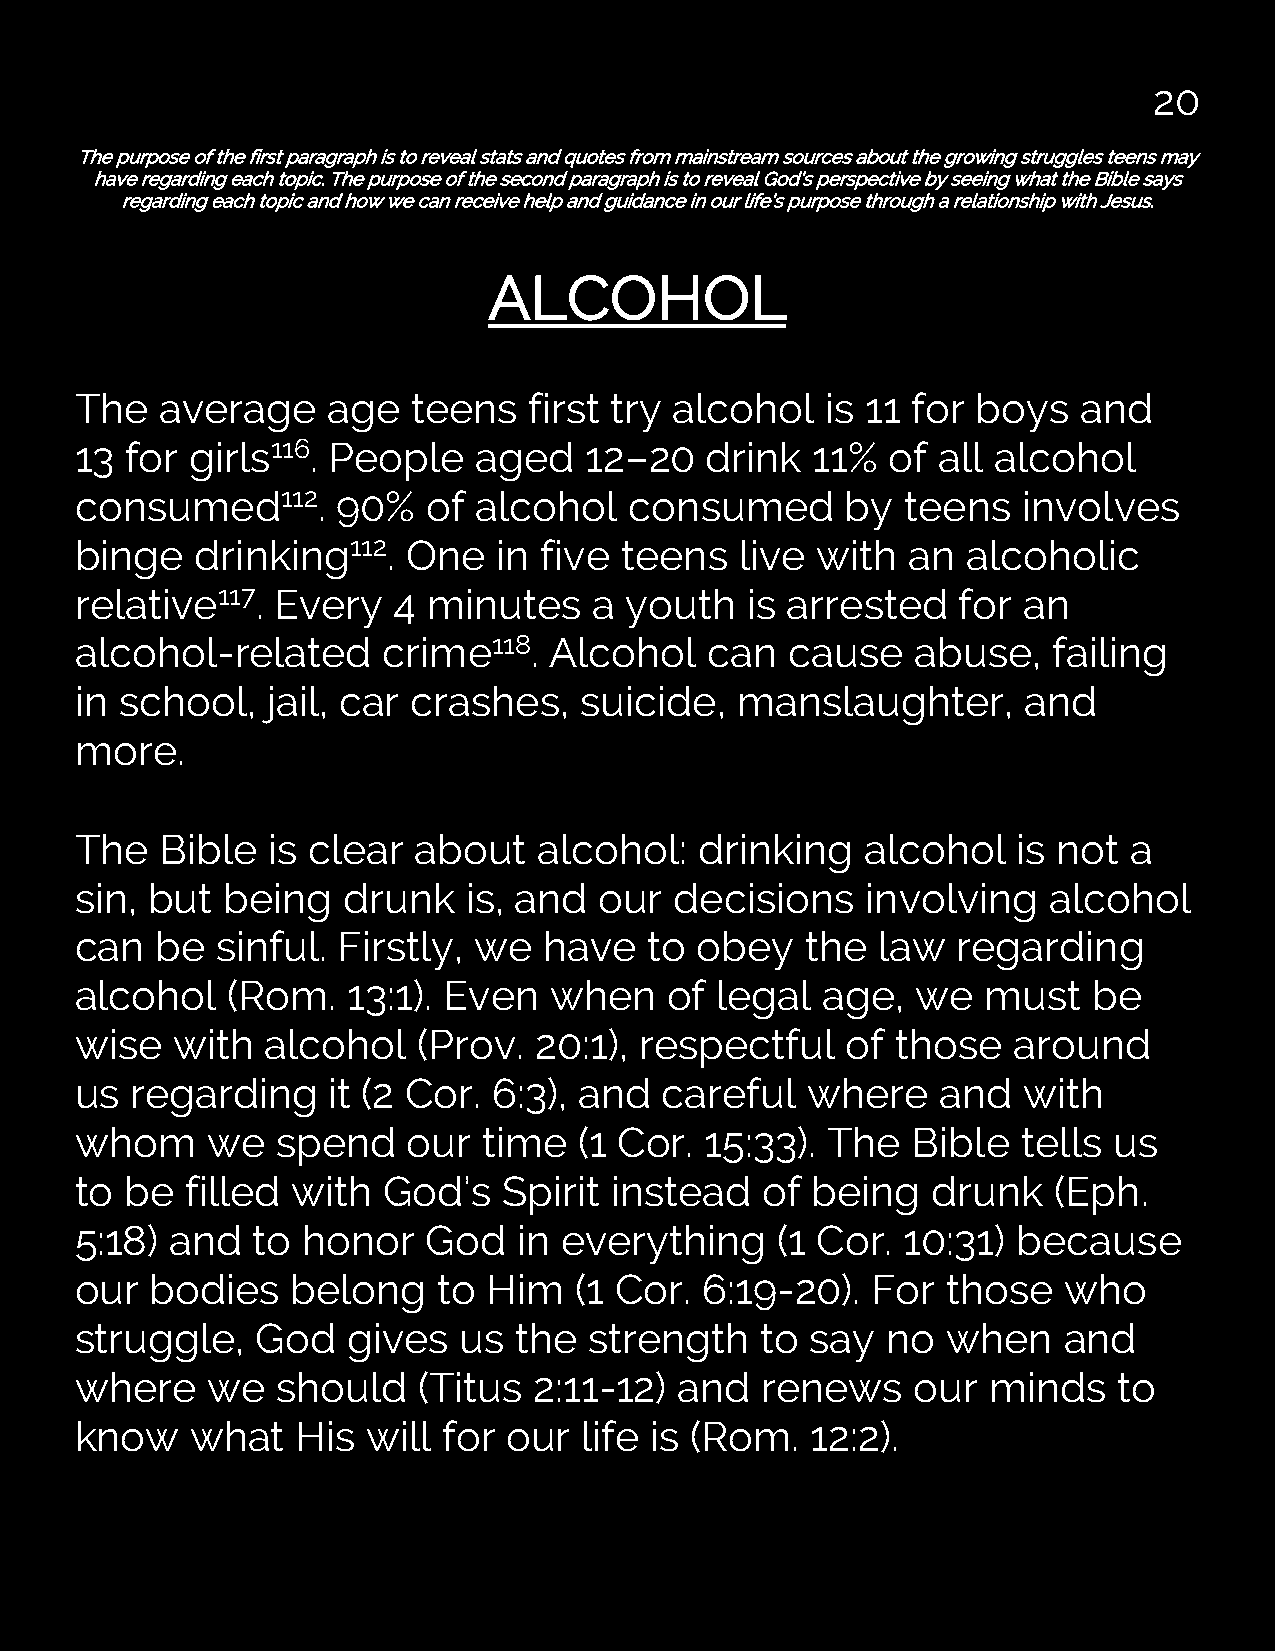
20
 The purpose of the first paragraph is to reveal stats and quotes from mainstream sources about the growing struggles teens may
 have regarding each topic. The purpose of the second paragraph is to reveal God’s perspective by seeing what the Bible says
 regarding each topic and how we can receive help and guidance in our life’s purpose through a relationship with Jesus.
 ALCOHOL
 The   average    age  teens   first try alcohol   is 11 for boys   and
 13 for  girls116. People   aged   12–20   drink  11%  of all alcohol
 consumed112.     90%   of  alcohol   consumed      by  teens   involves
 binge   drinking112.  One   in five teens   live with  an  alcoholic
 relative117. Every   4 minutes    a youth   is arrested    for an
 alcohol-related     crime118.  Alcohol    can  cause    abuse,   failing
 in school,   jail, car crashes,  suicide,   manslaughter,      and
 more.
 The   Bible  is clear  about   alcohol:  drinking   alcohol   is not  a
 sin, but  being   drunk   is, and  our  decisions   involving   alcohol
 can  be  sinful. Firstly, we   have   to obey   the  law  regarding
 alcohol   (Rom.   13:1). Even  when    of legal  age,   we  must   be
 wise  with   alcohol   (Prov. 20:1), respectful    of those   around
 us  regarding    it (2 Cor. 6:3), and  careful  where    and   with
 whom     we  spend    our  time  (1 Cor.  15:33). The  Bible   tells us
 to be  filled with  God’s   Spirit instead   of  being   drunk   (Eph.
 5:18) and   to honor   God   in everything    (1 Cor.  10:31) because
 our  bodies   belong    to Him   (1 Cor. 6:19-20).   For  those  who
 struggle,   God   gives  us  the  strength   to  say  no  when   and
 where    we  should    (Titus 2:11-12)  and  renews     our minds    to
 know    what   His will for  our  life is (Rom.  12:2).